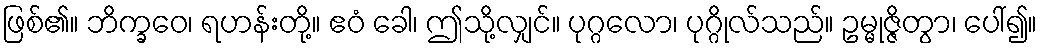
ဖြစ်၏။ ဘိက္ခဝေ၊ ရဟန်းတို့။ ဧဝံ ခေါ၊ ဤသို့လျှင်။ ပုဂ္ဂလော၊ ပုဂ္ဂိုလ်သည်။ ဥမ္မုဇ္ဇိတွာ၊ ပေါ်၍။